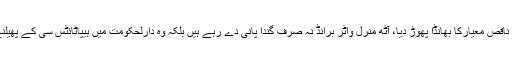
ان ٹیسٹوں کے نتائج نے ناقص معیارکا بھانڈا پھوڑ دیا، آٹھ منرل واٹر برانڈ نہ صرف گندا پانی دے رہے ہیں بلکہ وہ دارلحکومت میں ہیپاٹائٹس سی کے پھیلنے کے ذمہ دار بھی ہیں۔